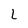
Character: L